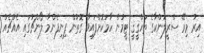
އިރު މިރޭ ސްރީލަންކާގެ ތަހްޤީޤީ ޓީމުން ހާމަކޮށްފައިވާ ގޮތުން ފިނިފެންމާ ލޯންޗުގައި އެއްޗެއް